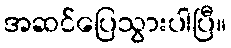
အဆင်ပြေသွားပါပြီ။